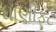
ધાણીફૂટ